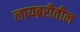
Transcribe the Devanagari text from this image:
लायब्ररीतील